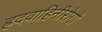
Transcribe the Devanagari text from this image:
ह्रदवाहिनीरोगों